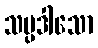
သပ္ပဒါသော